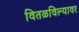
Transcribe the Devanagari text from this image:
वितळविल्यावर